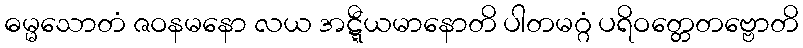
ဓမ္မသောတံ ဇဝနမနော လယ အဋ္ဋီယမာနောတိ ပါတမဂ္ဂံ ပရိဝတ္တေတဗ္ဗောတိ